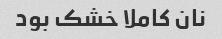
نان کاملا خشک بود